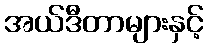
အယ်ဒီတာများနှင့်